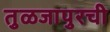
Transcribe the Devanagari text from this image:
तुळजापुरची